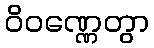
ဝိဝဏ္ဏေတွာ